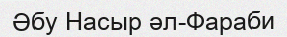
Әбу Насыр әл-Фараби